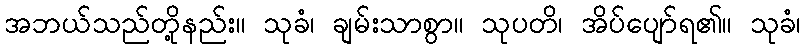
အဘယ်သည်တို့နည်း။ သုခံ၊ ချမ်းသာစွာ။ သုပတိ၊ အိပ်ပျော်ရ၏။ သုခံ၊